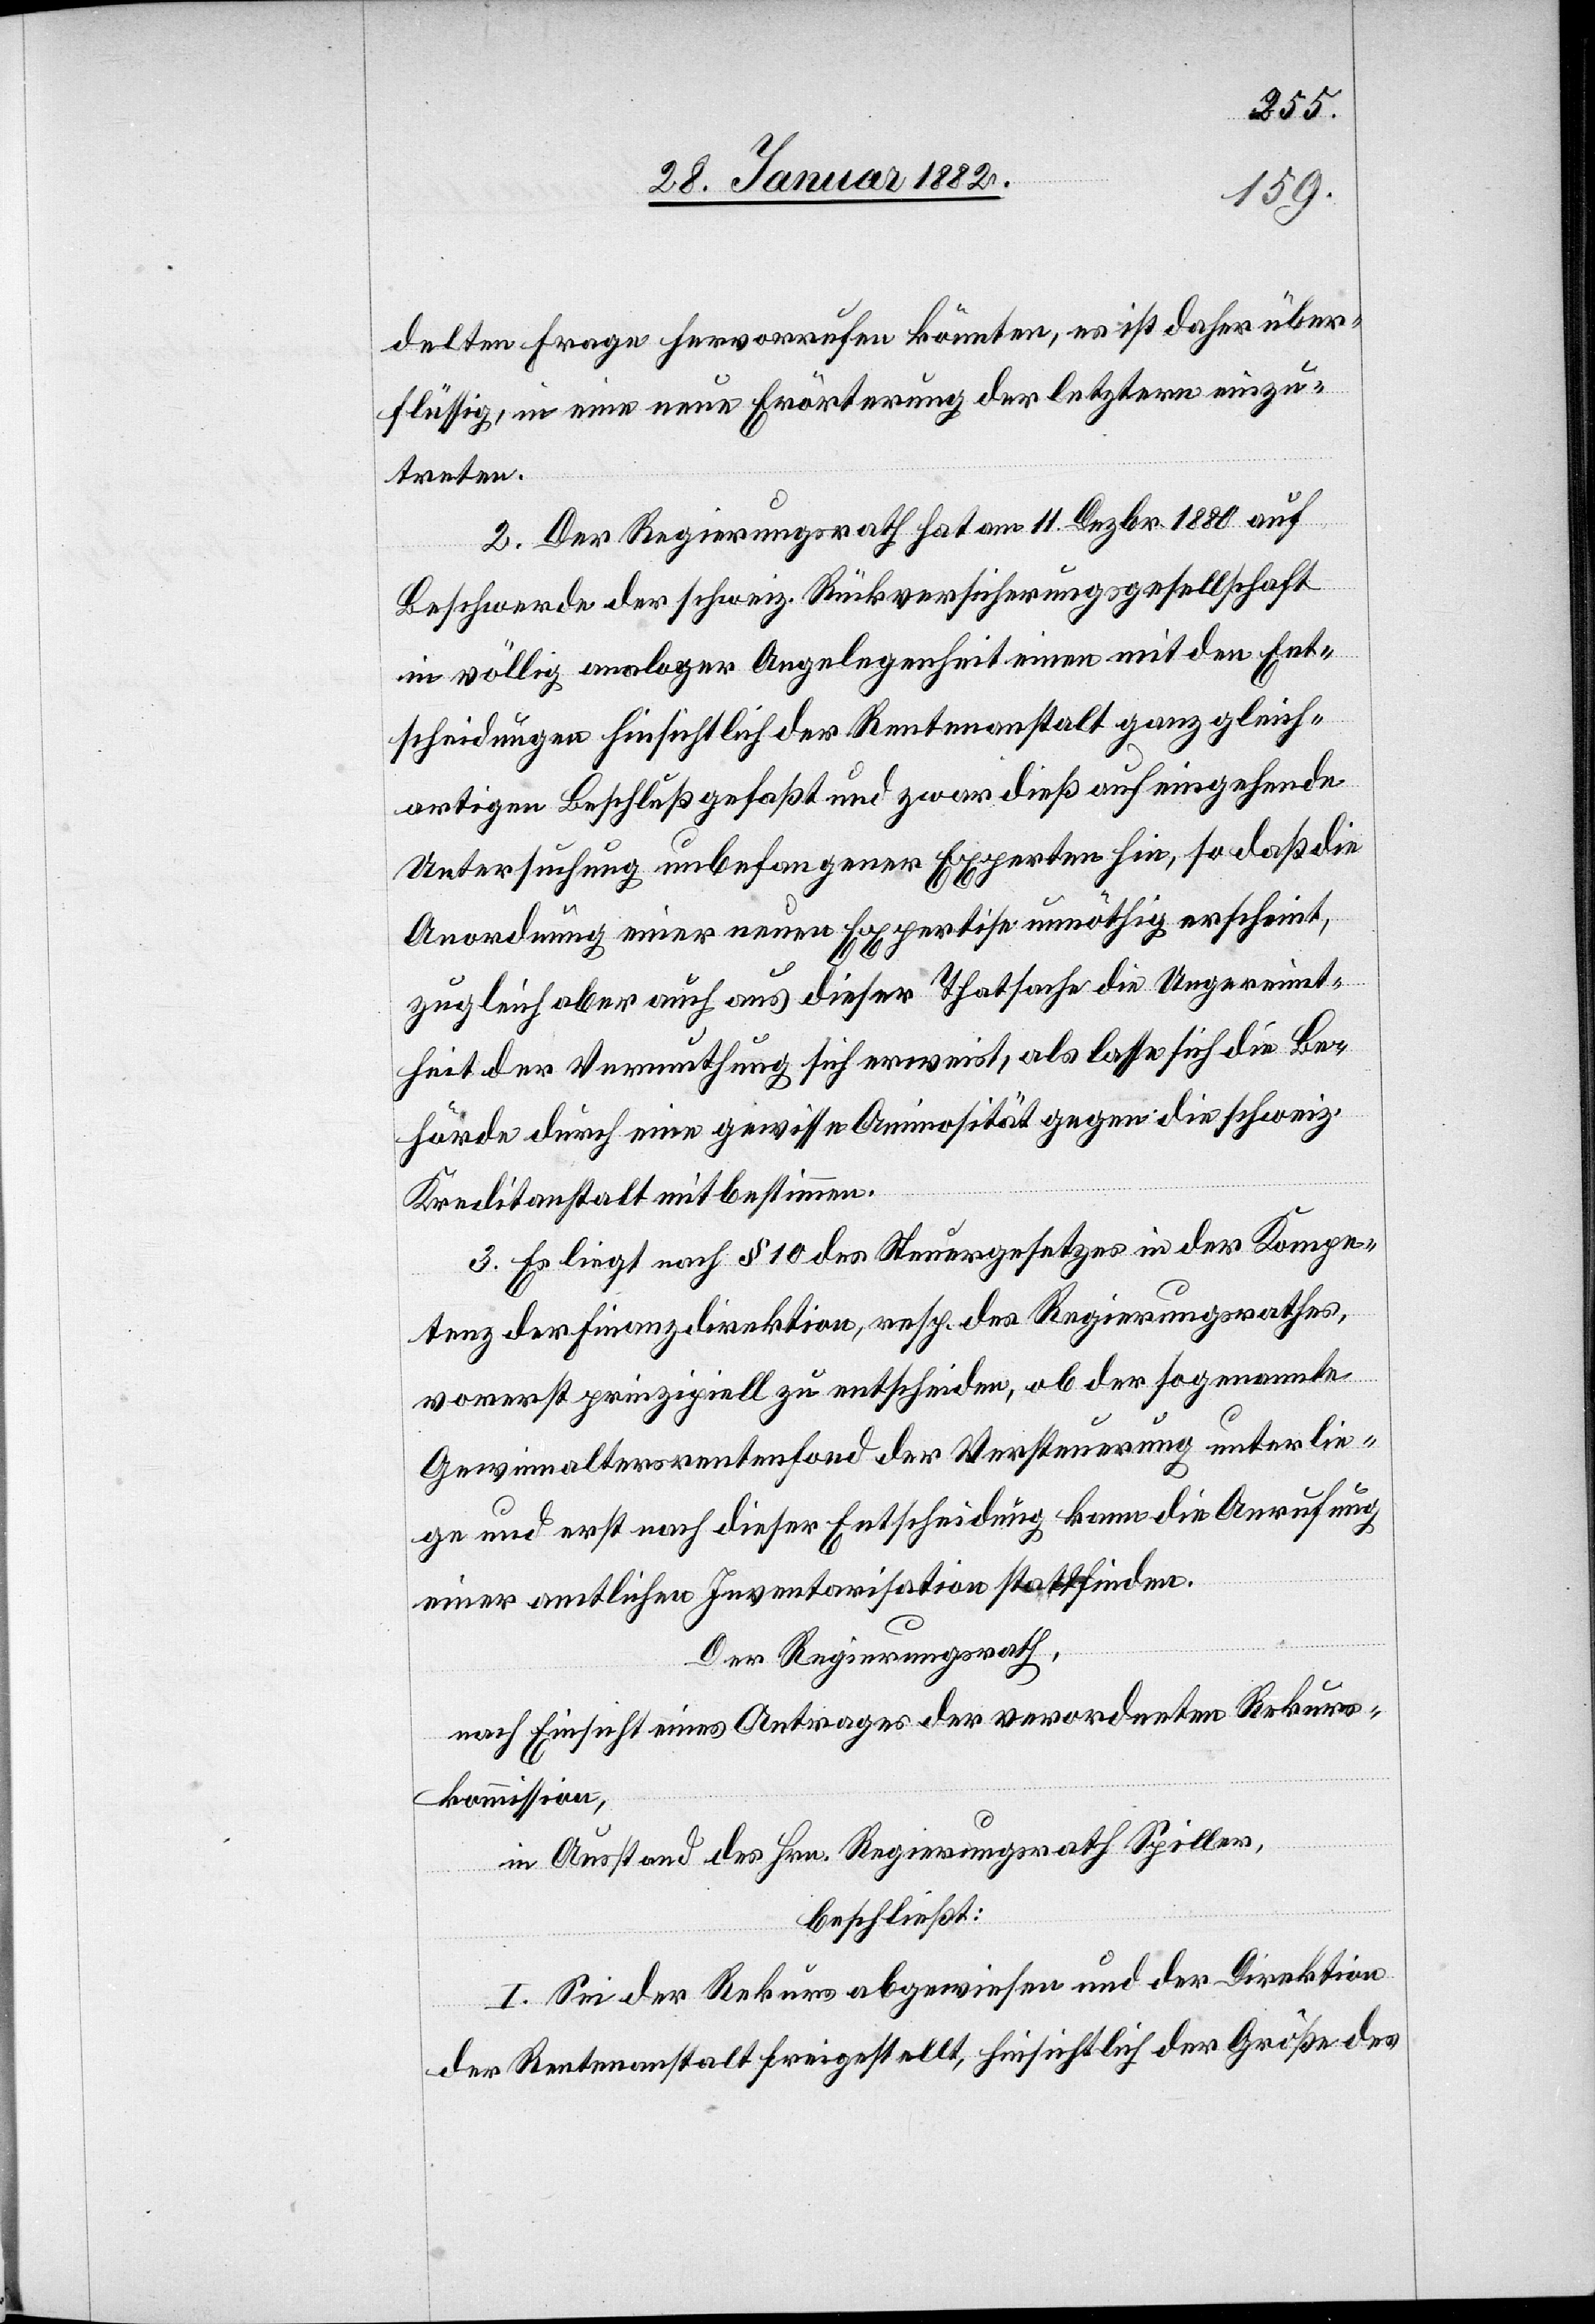
delten Fragen hervorrufen könnten, es ist daher über¬
flüssig, in eine neue Erörterung der letzteren einzu¬
treten.
2. Der Regierungsrath hat am 11. Dezbr. 1880 auf
Beschwerde der schweiz. Rückversicherungsgesellschaft
in völlig analoger Angelegenheit einen mit den Ent¬
scheidungen hinsichtlich der Rentenanstalt ganz gleich¬
artigen Beschluß gefaßt und zwar dieß auf eingehende
Untersuchung unbefangener Experten hin, so daß die
Anordnung einer neuen Expertise unnöthig erscheint,
zugleich aber auch aus dieser Thatsache die Ungereimt¬
heit der Vermuthung sich erweist, als lasse sich die Be¬
hörde durch eine gewisse Animosität gegen die schweiz.
Kreditanstalt mitbestimmen.
3. Es liegt nach § 10 des Steuergesetzes in der Kompe¬
tenz der Finanzdirektion, resp. des Regierungsrathes,
vorerst prinzipiell zu entscheiden, ob der sogenannte
Gewinnaltersrentenfond der Versteuerung unterlie¬
ge und erst nach dieser Entscheidung kann die Anrufung
einer amtlichen Inventarisation stattfinden.
Der Regierungsrath,
nach Einsicht eines Antrages der verordneten Rekurs¬
kommission,
in Ausstand des Hrn. Regierungsrath Spiller,
beschließt:
I. Sei der Rekurs abzuweisen und der Direktion
der Rentenanstalt freigestellt, hinsichtlich der Größe des